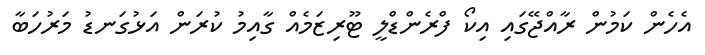
އެހެން ކަމުން ރާއްޖޭގައި އިކޯ ފްރެންޑްލީ ޓޫރިޒަމެއް ގާއިމު ކުރަން އަޅުގަނޑު މަރުހަބާ